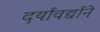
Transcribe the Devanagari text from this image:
दर्यावर्द्याने